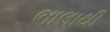
ભાલાથી